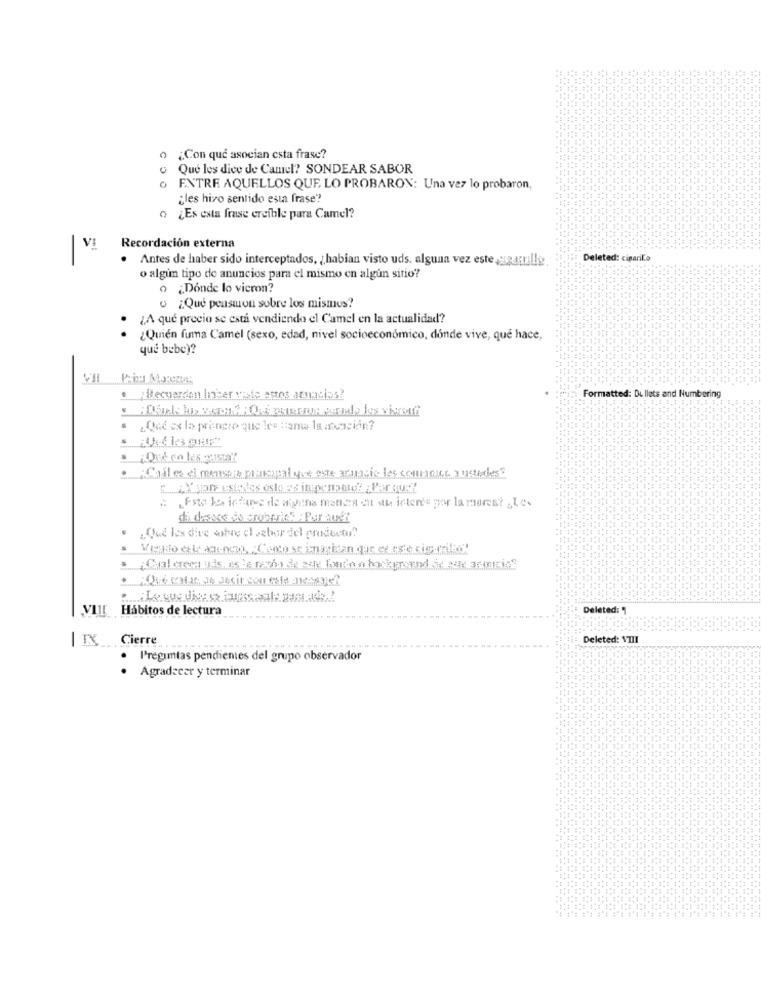
¿Con qué asocian esta frase?
Que les dice de Camel? SONDEAR SABOR
o ENTRE AQUELLOS QUE LO PROBARON: Una vez lo probaron,
¿les hizo sentido esta frase"
o ¿Es esta frase creíble para Camel?
Recordación externa
Antes de haber sido interceptados, , habian visto uds. alguna vez este,szaguille
Deleted: ciparilo
o algún tipo de anuncios para el mismo en algún sitio?
o ¿Dónde lo vieron?
· ¿ Qué pensaron sobre los mismos?
¿A qué precio se está vendiendo el Camel en la actualidad?
¿Quién fuma Camel (sexo, edad, nivel socioeconómico, donde vive, que hace,
que bebe)?
Formatted: Dullets and Numbering
· ¡ Recuerdon Inter vale agos amnacias?
¿Qué es lo princeo que les lama la annunciin?
: Calles si meses piazzaalyse aste aring;ic les conance ausles?
# ,Fate ke inthree de alguna manera sit sthe intende por la marca? „Les
Que las dive sobre el sabor del producto?
Visto el enca, "Camoscimarian que esse rig rika
Que calar 24 secir con este mesage?
VIII Hábitos de lectura
Deleted:
| IX __. Cierre
Deleted: VIII
Preguntas pendientes del grupo observador
· Agradecer y terminar